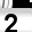
Digit: 2